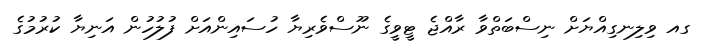
ގއ ވިލިނގިއްޔަށް ނިސްބަތްވާ ރާއްޖެ ޓީވީގެ ނޫސްވެރިޔާ ހުސައިންއަށް ފުލުހުން އަނިޔާ ކުރުމުގެ